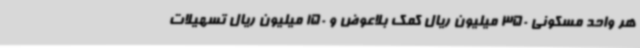
هر واحد مسکونی 350 میلیون ریال کمک بلاعوض و 150 میلیون ریال تسهیلات